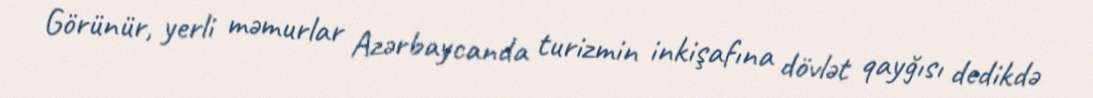
Görünür, yerli məmurlar Azərbaycanda turizmin inkişafına dövlət qayğısı dedikdə